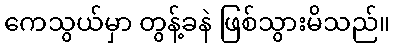
ကေသွယ်မှာ တွန့်ခနဲ ဖြစ်သွားမိသည်။